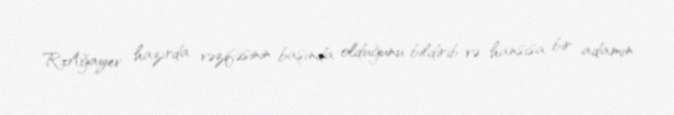
R.Ağayev hazırda vəzifəsinin başında olduğunu bildirib və hansısa bir adamın